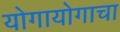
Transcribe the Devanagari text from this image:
योगायोगाचा